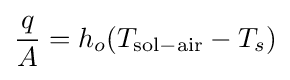
{\frac {q}{A}}=h_{o}(T_{\mathrm {sol-air} }-T_{s})